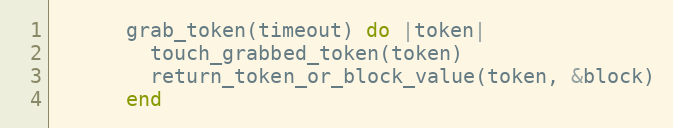
Language: Ruby
      grab_token(timeout) do |token|
        touch_grabbed_token(token)
        return_token_or_block_value(token, &block)
      end